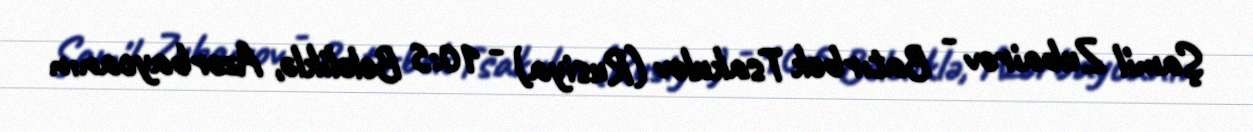
Şamil Zubairov - Batırbek Tsakulov (Rusiya) - 10:5 Beləliklə, Azərbaycanın